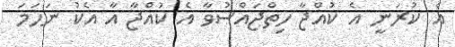
އެ ކުރަނީ އެ ކުއްޖާ ހިތްޖައްސުވާ އެ ކުއްޖާ އާ އެކު ނަހަމަ